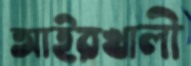
আইরখালী